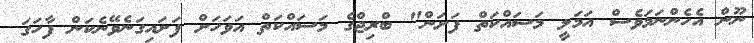
ނޫން އެހެންނަމަވެސް އަމަލީ މަސައްކަތް ފަށަން" ބްރިޖްގެ މަސައްކަތް އަވަހަށް ފަށައިގަނެވޭނެކަން ފާހަގަ